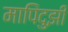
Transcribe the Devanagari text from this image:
मापिंदुझी